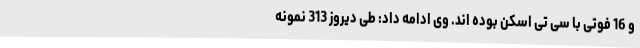
و 16 فوتی با سی تی اسکن بوده اند. وی ادامه داد: طی دیروز 313 نمونه